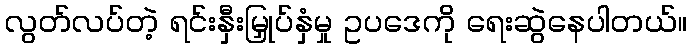
လွတ်လပ်တဲ့ ရင်းနှီးမြှုပ်နှံမှု ဥပဒေကို ရေးဆွဲနေပါတယ်။